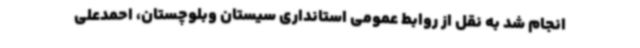
انجام شد به نقل از روابط عمومی استانداری سیستان وبلوچستان، احمدعلی